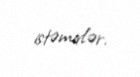
istəmirlər.